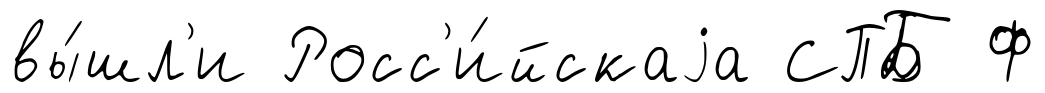
вы́шл'и Росс'и́йскаjа СПБ Ф